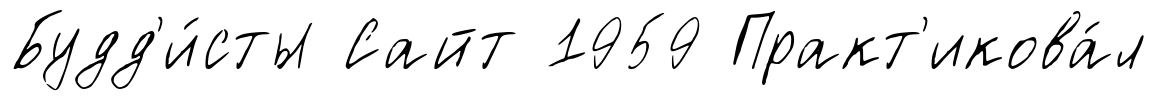
Будд'и́сты Сайт 1959 Практ'икова́л